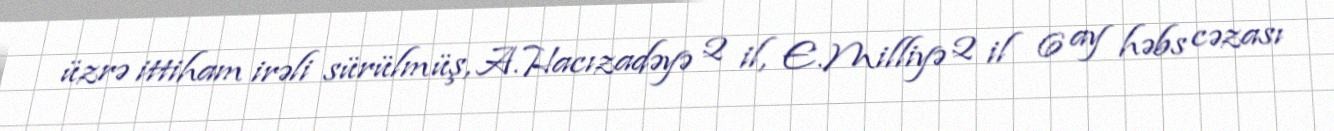
üzrə ittiham irəli sürülmüş, A.Hacızadəyə 2 il, E.Milliyə 2 il 6 ay həbs cəzası